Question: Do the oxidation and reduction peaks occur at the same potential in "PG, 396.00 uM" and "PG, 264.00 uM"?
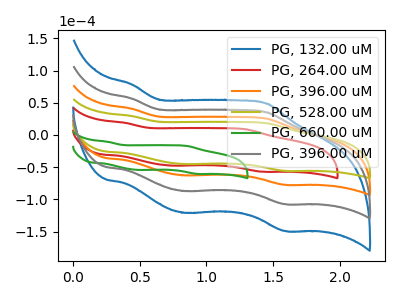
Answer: <think>The blue curve "PG, 132.00 uM" has anodic peaks at (0.45V, 122.15uA) (1.45V, 75.85uA) and cathodic peaks at (0.85V, -188.15uA) (1.60V, -232.15uA). The red curve "PG, 264.00 uM" has anodic peaks at (0.40V, 18.75uA) (1.30V, 8.85uA) and cathodic peaks at (0.75V, -47.60uA) (1.40V, -57.00uA). The orange curve "PG, 396.00 uM" has anodic peaks at (0.45V, 40.70uA) (1.45V, 25.30uA) and cathodic peaks at (0.85V, -62.70uA) (1.60V, -77.40uA). The olive curve "PG, 528.00 uM" has anodic peaks at (0.45V, 29.35uA) (1.45V, 18.20uA) and cathodic peaks at (0.85V, -45.20uA) (1.60V, -55.75uA). The green curve "PG, 660.00 uM" has anodic peaks at (0.25V, -10.50uA) (0.85V, -17.05uA) and cathodic peaks at (0.50V, -54.30uA) (0.95V, -60.50uA). The gray curve "PG, 396.00 uM" has anodic peaks at (0.45V, 81.45uA) (1.45V, 50.60uA) and cathodic peaks at (0.85V, -125.45uA) (1.60V, -154.80uA).</think>
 <answer>No, "PG, 396.00 uM" and "PG, 264.00 uM" have at least one peak that does not match.</answer>
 <eval>mismatch</eval>